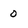
Character: 0